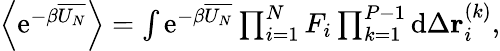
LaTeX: \begin{array}{r}{\left\langle\mathrm{e}^{-\beta\overline{{U_{N}}}}\right\rangle=\int\mathrm{e}^{-\beta\overline{{U_{N}}}}\prod_{i=1}^{N}F_{i}\prod_{k=1}^{P-1}\mathrm{d}\Delta\mathbf{r}_{i}^{(k)},}\end{array}